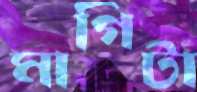
মাগিটা